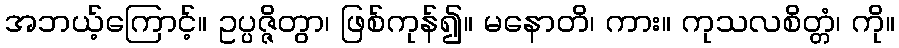
အဘယ့်ကြောင့်။ ဥပ္ပဇ္ဇိတွာ၊ ဖြစ်ကုန်၍။ မနောတိ၊ ကား။ ကုသလစိတ္တံ၊ ကို။